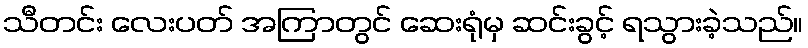
သီတင်း လေးပတ် အကြာတွင် ဆေးရုံမှ ဆင်းခွင့် ရသွားခဲ့သည်။